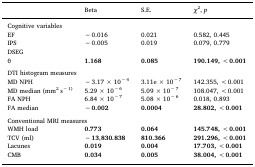
<table><thead><tr><td></td><td><b>Beta</b></td><td><b>S.E.</b></td><td><b><i>χ</i><sup>2</sup>, <i>p</i></b></td></tr></thead><tbody><tr><td colspan="4">Cognitive variables</td></tr><tr><td>EF</td><td>− 0.016</td><td>0.021</td><td>0.582, 0.445</td></tr><tr><td>IPS</td><td>− 0.005</td><td>0.019</td><td>0.079, 0.779</td></tr><tr><td>DSEG</td><td></td><td></td><td></td></tr><tr><td>θ</td><td><b>1.168</b></td><td><b>0.085</b></td><td><b>190.149, &lt; 0.001</b></td></tr><tr><td colspan="4">  </td></tr><tr><td colspan="4">DTI histogram measures</td></tr><tr><td>MD NPH</td><td>− 3.17 × 10<sup>− 4</sup></td><td>3.11e × 10<sup>− 7</sup></td><td>142.355, &lt; 0.001</td></tr><tr><td>MD median (mm<sup>2</sup> s<sup>− 1)</sup></td><td>5.29 × 10<sup>− 6</sup></td><td>5.09 × 10<sup>− 7</sup></td><td>108.047, &lt; 0.001</td></tr><tr><td>FA NPH</td><td>6.84 × 10<sup>− 7</sup></td><td>5.08 × 10<sup>− 6</sup></td><td>0.018, 0.893</td></tr><tr><td>FA median</td><td>−<b> 0.002</b></td><td><b>0.0004</b></td><td><b>28.802, &lt; 0.001</b></td></tr><tr><td colspan="4">  </td></tr><tr><td colspan="4">Conventional MRI measures</td></tr><tr><td>WMH load</td><td><b>0.773</b></td><td><b>0.064</b></td><td><b>145.748, &lt; 0.001</b></td></tr><tr><td>TCV (ml)</td><td>−<b> 13</b>,<b>830.838</b></td><td><b>810.366</b></td><td><b>291.296, &lt; 0.001</b></td></tr><tr><td>Lacunes</td><td><b>0.019</b></td><td><b>0.004</b></td><td><b>17.703, &lt; 0.001</b></td></tr><tr><td>CMB</td><td><b>0.034</b></td><td><b>0.005</b></td><td><b>38.004, &lt; 0.001</b></td></tr></tbody></table>